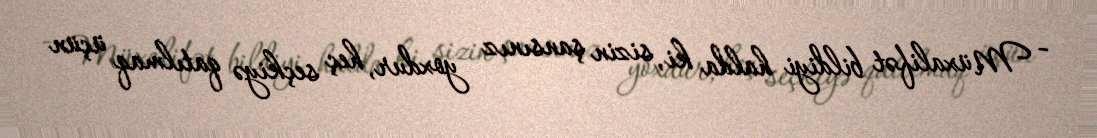
- Müxalifət bildiyi halda ki, sizin şansınız yoxdur, heç seçkiyə qatılmaq üçün